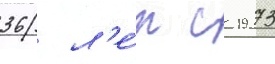
36 л'е́т с 1973